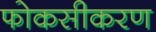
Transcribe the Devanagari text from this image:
फोकसीकरण